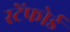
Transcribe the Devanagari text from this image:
स्टेंफोर्ड